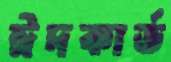
ঈদকার্ড